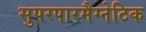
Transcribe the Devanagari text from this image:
सुपरपारमैग्नेटिक